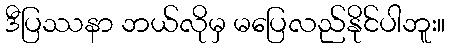
ဒီပြဿနာ ဘယ်လိုမှ မပြေလည်နိုင်ပါဘူး။